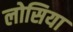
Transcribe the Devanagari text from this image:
लोसिया